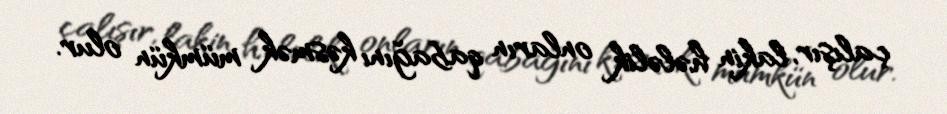
çalışır, lakin hələlik onların qabağını kəsmək mümkün olur.